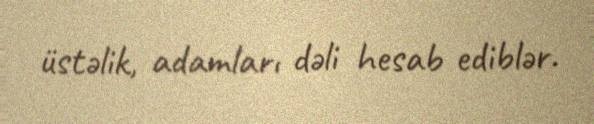
üstəlik, adamları dəli hesab ediblər.